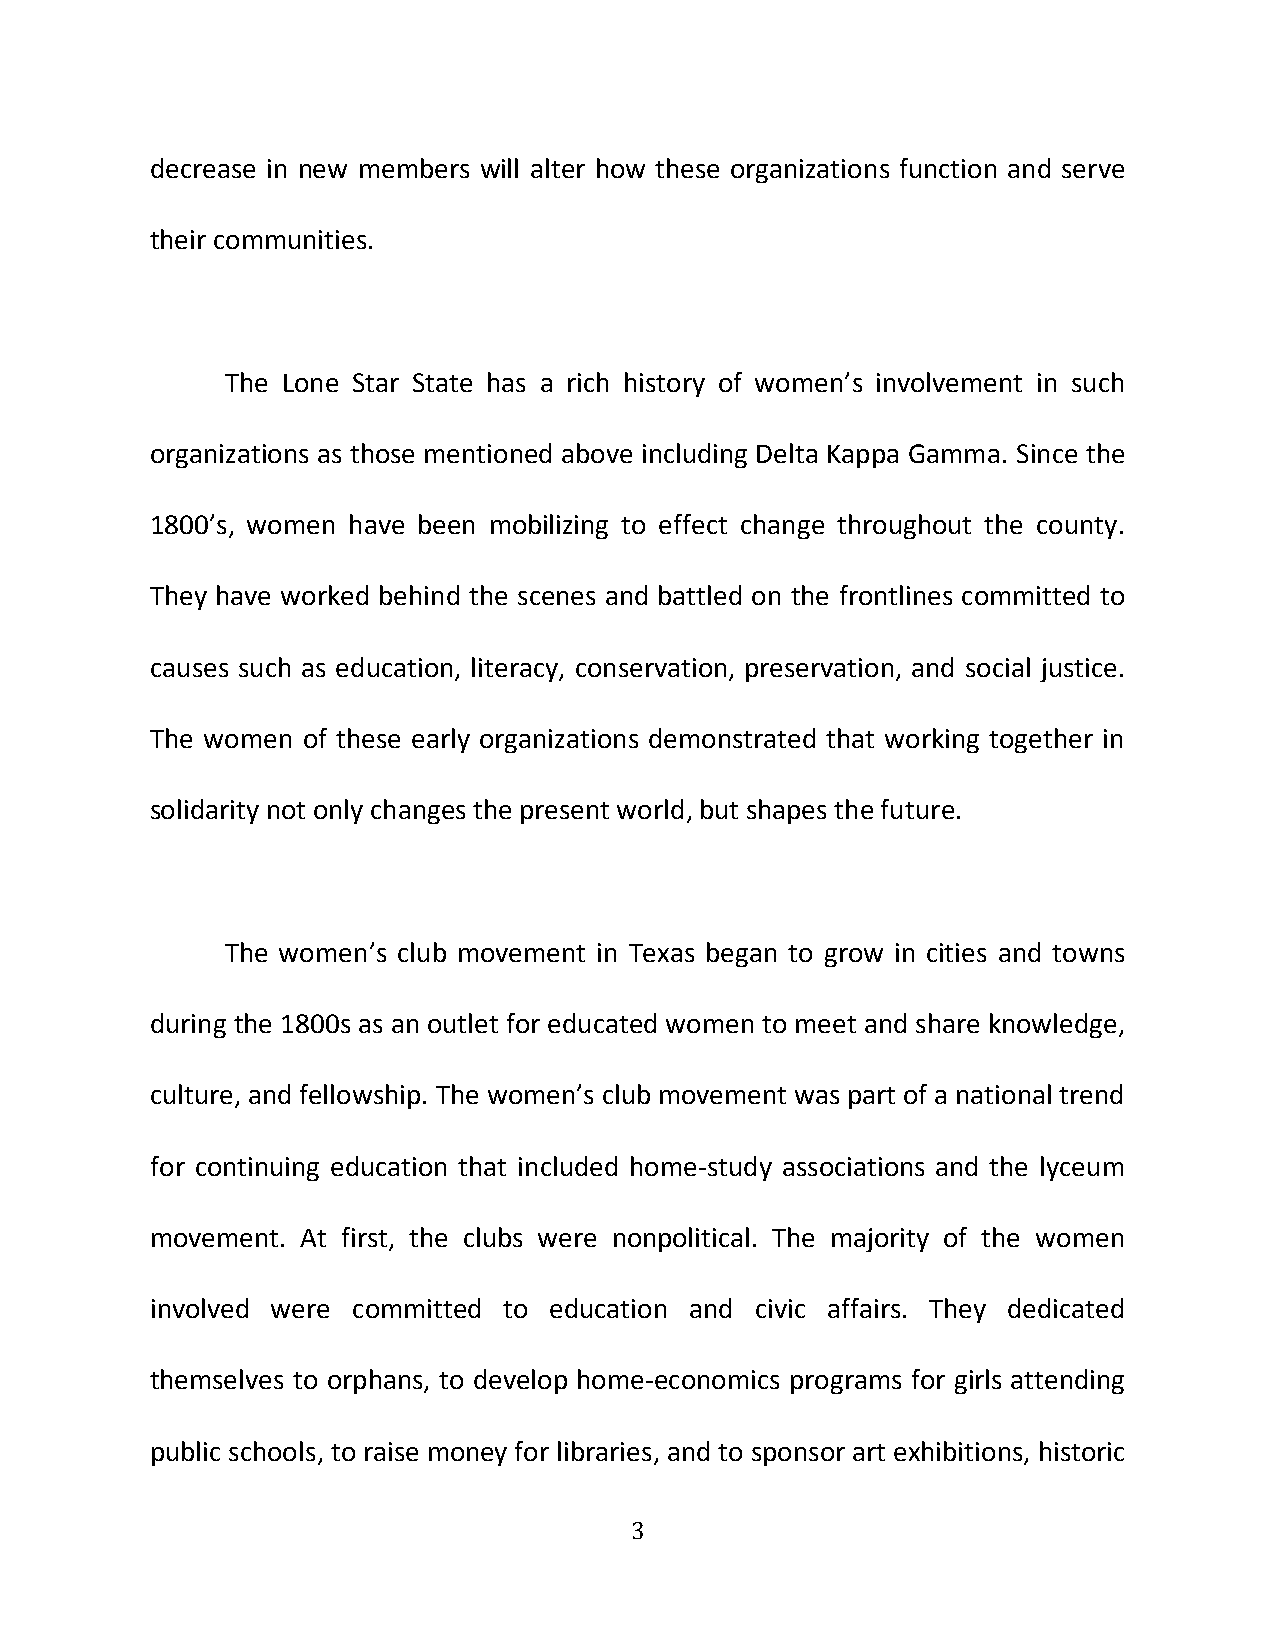
decrease in new members will alter how these organizations function and serve
 their communities.
 The Lone Star State has a rich history of women’s involvement in such
 organizations as those mentioned above including Delta Kappa Gamma. Since the
 1800’s, women have been mobilizing to effect change throughout the county.
 They have worked behind the scenes and battled on the frontlines committed to
 causes such as education, literacy, conservation, preservation, and social justice.
 The women of these early organizations demonstrated that working together in
 solidarity not only changes the present world, but shapes the future.
 The women’s club movement in Texas began to grow in cities and towns
 during the 1800s as an outlet for educated women to meet and share knowledge,
 culture, and fellowship. The women’s club movement was part of a national trend
 for continuing education that included home-study associations and the lyceum
 movement. At first, the clubs were nonpolitical. The majority of the women
 involved were committed to education and civic affairs. They dedicated
 themselves to orphans, to develop home-economics programs for girls attending
 public schools, to raise money for libraries, and to sponsor art exhibitions, historic
 3